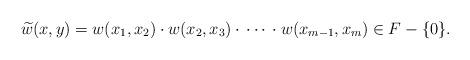
LaTeX: \begin{align*}\widetilde{w}(x,y)=w(x_1,x_2)\cdot w(x_2,x_3)\cdot\,\cdots\,\cdot w(x_{m-1},x_m)\in F-\{0\}.\end{align*}